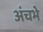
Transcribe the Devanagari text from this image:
अंचभे